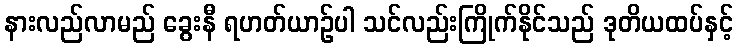
နားလည်လာမည် ခွေးနီ ရဟတ်ယာဉ်ပါ သင်လည်းကြိုက်နိုင်သည် ဒုတိယထပ်နှင့်